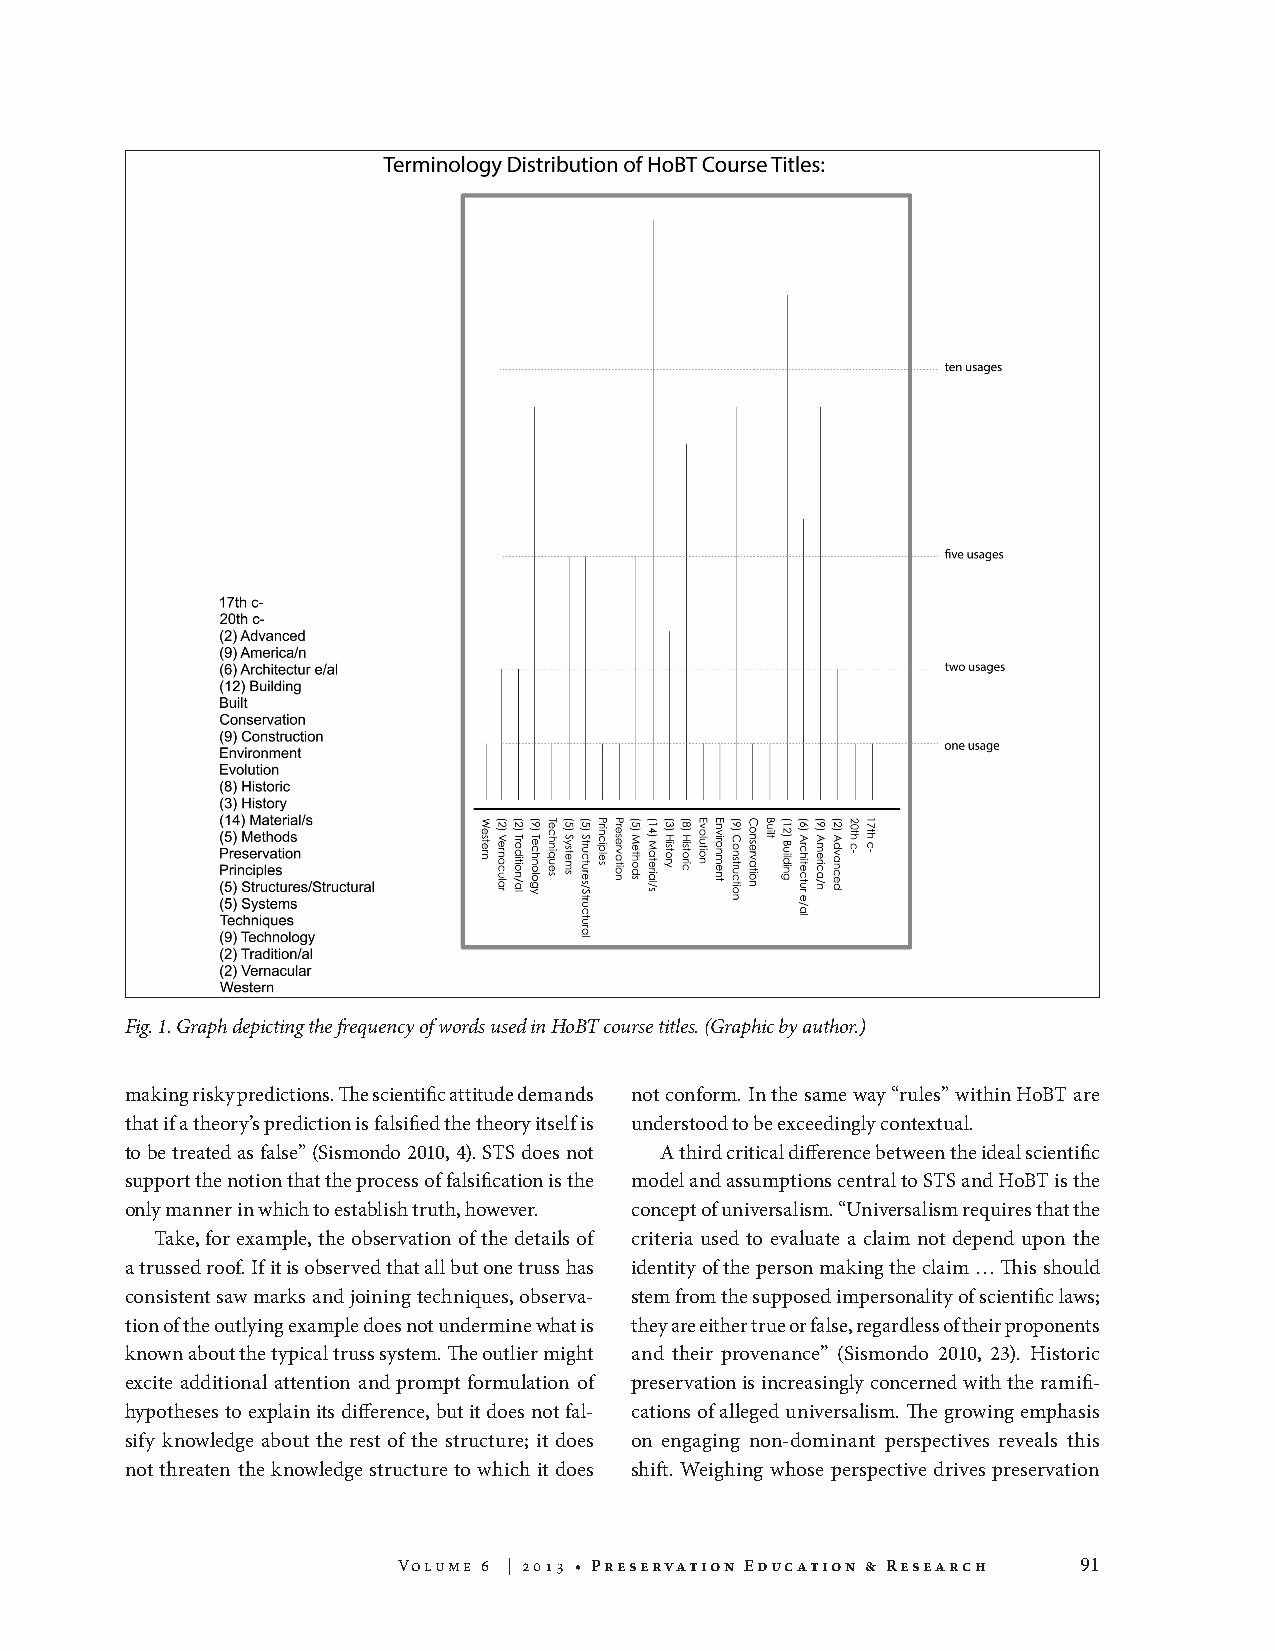
Fig. 1. Graph depicting the frequency of words used in HoBT course titles. (Graphic by author.)
 making risky predictions. The scientific attitude demands not conform. In the same way “rules” within HoBT are
 that if a theory’s prediction is falsified the theory itself is understood to be exceedingly contextual.
 to be treated as false” (Sismondo 2010, 4). STS does not A third critical difference between the ideal scientific
 support the notion that the process of falsification is the model and assumptions central to STS and HoBT is the
 only manner in which to establish truth, however. concept of universalism. “Universalism requires that the
 Take, for example, the observation of the details of criteria used to evaluate a claim not depend upon the
 a trussed roof. If it is observed that all but one truss has identity of the person making the claim … This should
 consistent saw marks and joining techniques, observa- stem from the supposed impersonality of scientific laws;
 tion of the outlying example does not undermine what is they are either true or false, regardless of their proponents
 known about the typical truss system. The outlier might and their provenance” (Sismondo 2010, 23). Historic
 excite additional attention and prompt formulation of preservation is increasingly concerned with the ramifi-
 hypotheses to explain its difference, but it does not fal- cations of alleged universalism. The growing emphasis
 sify knowledge about the rest of the structure; it does on engaging non-dominant perspectives reveals this
 not threaten the knowledge structure to which it does shift. Weighing whose perspective drives preservation
 Volume 6 | 2013 • Preservation Education & Research 91